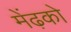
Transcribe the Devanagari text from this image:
मेंढ़को